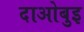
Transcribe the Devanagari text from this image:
दाओबुइ